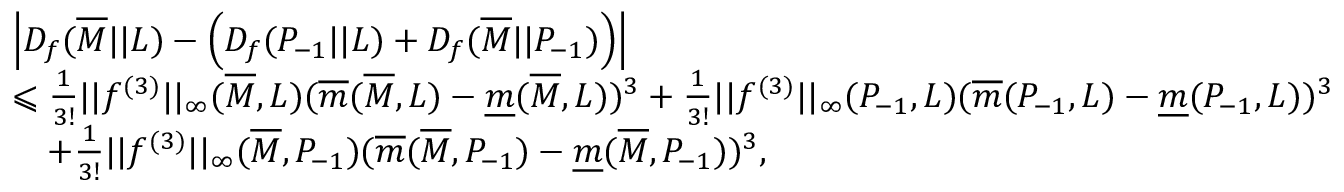
\begin{array} { r l } & { \left| D _ { f } ( \overline { { M } } | | L ) - \left( D _ { f } ( P _ { - 1 } | | L ) + D _ { f } ( \overline { { M } } | | P _ { - 1 } ) \right) \right| } \\ & { \leqslant \frac { 1 } { 3 ! } | | f ^ { ( 3 ) } | | _ { \infty } ( \overline { { M } } , L ) ( \overline { { m } } ( \overline { { M } } , L ) - \underline { { m } } ( \overline { { M } } , L ) ) ^ { 3 } + \frac { 1 } { 3 ! } | | f ^ { ( 3 ) } | | _ { \infty } ( P _ { - 1 } , L ) ( \overline { { m } } ( P _ { - 1 } , L ) - \underline { { m } } ( P _ { - 1 } , L ) ) ^ { 3 } } \\ & { \quad + \frac { 1 } { 3 ! } | | f ^ { ( 3 ) } | | _ { \infty } ( \overline { { M } } , P _ { - 1 } ) ( \overline { { m } } ( \overline { { M } } , P _ { - 1 } ) - \underline { { m } } ( \overline { { M } } , P _ { - 1 } ) ) ^ { 3 } , } \end{array}